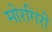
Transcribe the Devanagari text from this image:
मोरगिरी